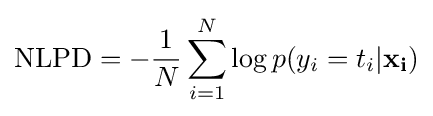
{\text{NLPD}}=-{\frac {1}{N}}\sum _{i=1}^{N}\log p(y_{i}=t_{i}|\mathbf {x_{i}} )